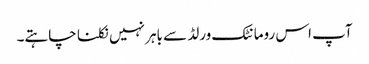
آپ اس رومانٹک ورلڈ سے باہر نہیں نکلنا چاہتے۔